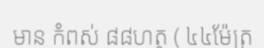
មាន កំពស់ ៨៨ហត្ថ ( ៤៤ម៉ែត្រ